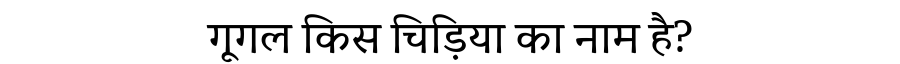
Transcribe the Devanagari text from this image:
गूगल किस चिड़िया का नाम है?